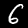
Label: 6